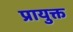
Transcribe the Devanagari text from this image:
प्रायुक्त